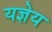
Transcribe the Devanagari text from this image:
यज्ञेय